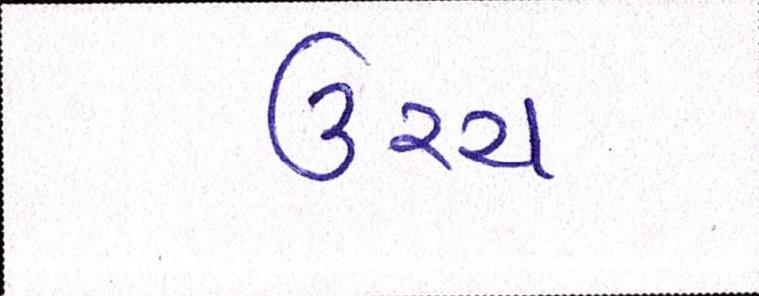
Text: ઉચ્ચ